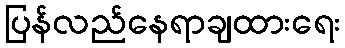
ပြန်လည်နေရာချထားရေး